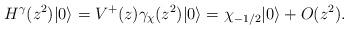
LaTeX: \begin{align*} H^{\gamma} (z^2) |0\rangle = V^+(z)\gamma_\chi(z^2)|0\rangle = \chi _{-1/2}|0\rangle +O(z^2).\end{align*}